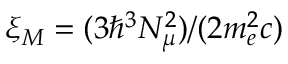
\xi _ { M } = ( 3 \hbar ^ { 3 } N _ { \mu } ^ { 2 } ) / ( 2 m _ { e } ^ { 2 } c )